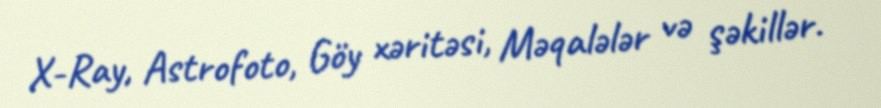
X-Ray, Astrofoto, Göy xəritəsi, Məqalələr və şəkillər.